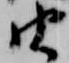
由